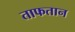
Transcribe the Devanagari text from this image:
ताफतान